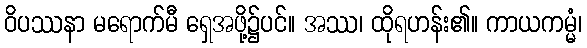
ဝိပဿနာ မရောက်မီ ရှေအဖို့၌ပင်။ အဿ၊ ထိုရဟန်း၏။ ကာယကမ္မံ၊